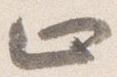
止